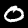
Digit: 0